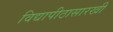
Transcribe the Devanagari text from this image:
विद्यापीठासारखी